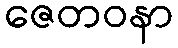
ဇေတဝနာ